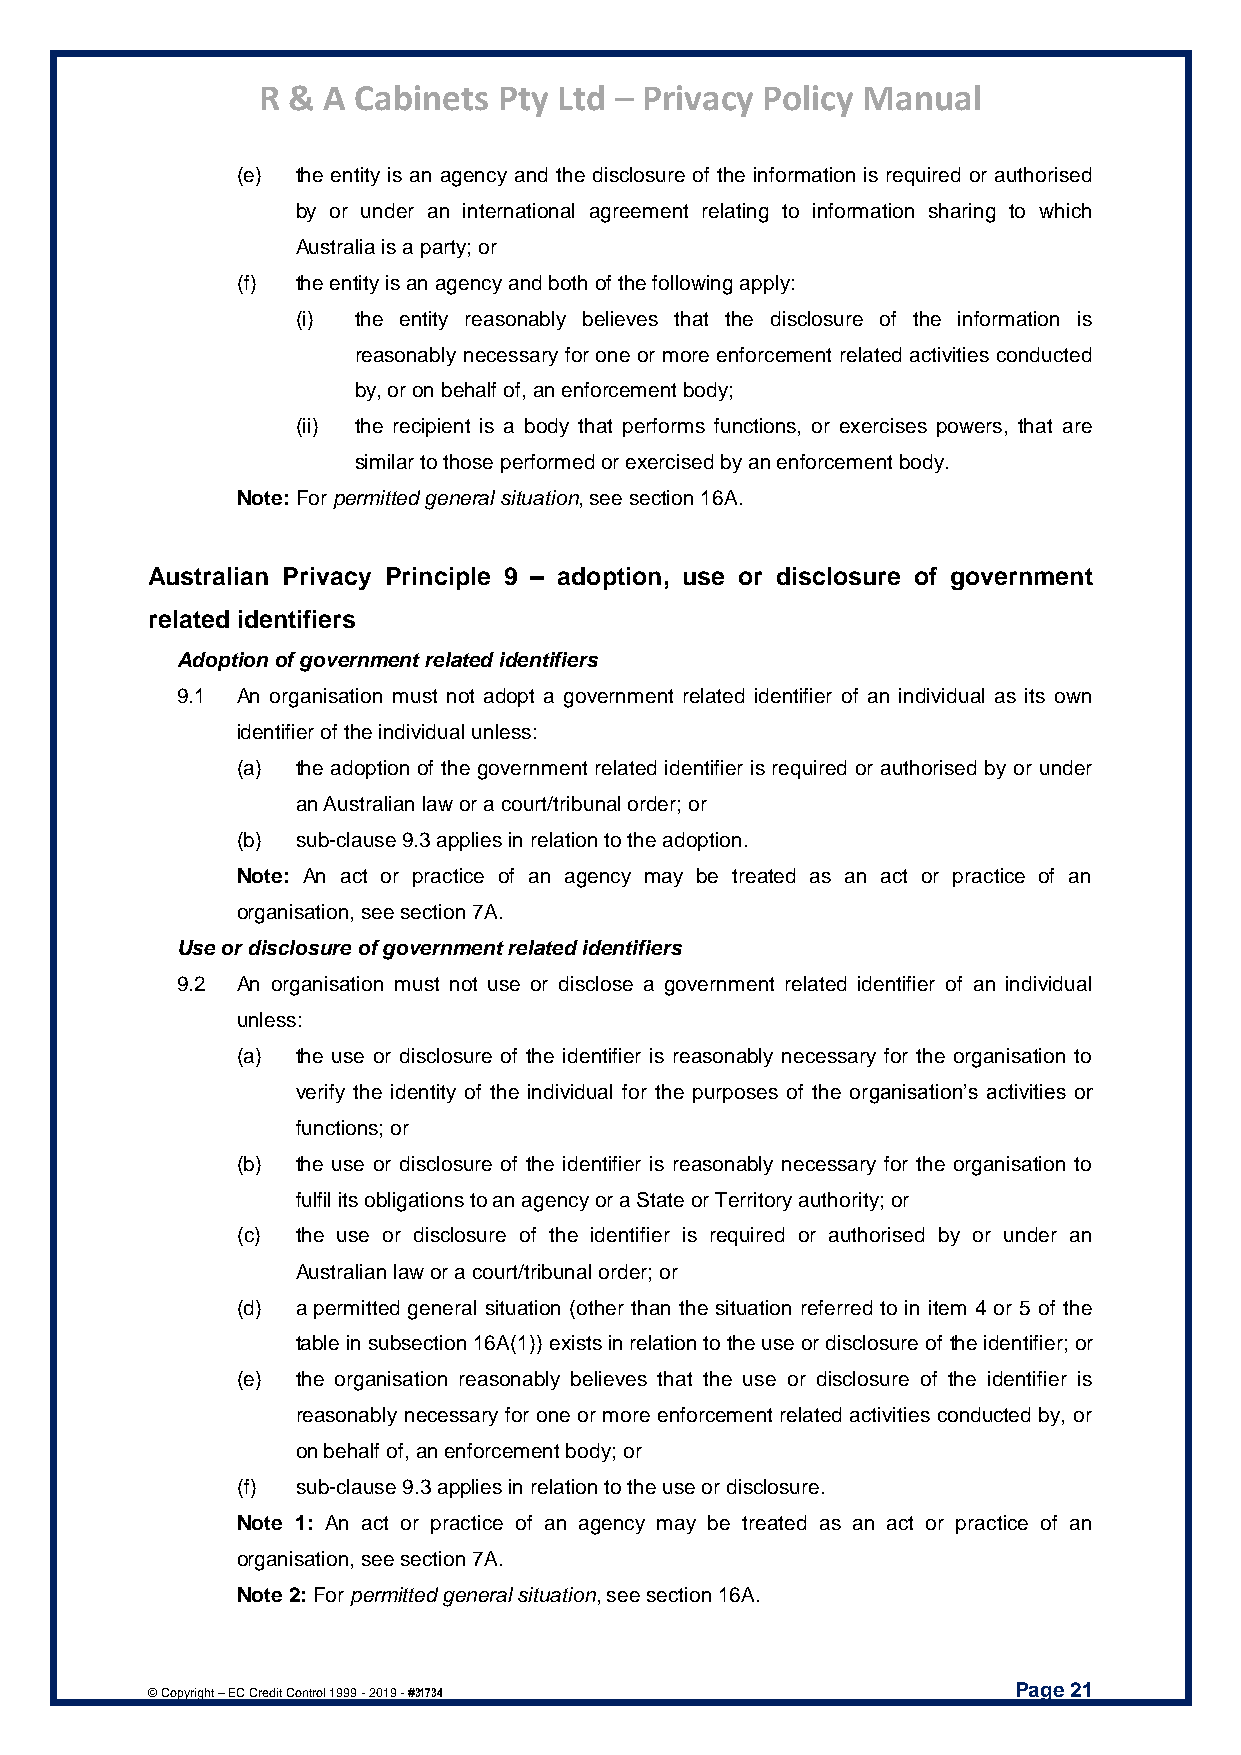
R & A Cabinets  Pty Ltd – Privacy Policy Manual
 (e) the entity is an agency and the disclosure of the information is required or authorised
 by or under an international agreement relating to information sharing to which
 Australia is a party; or
 (f) the entity is an agency and both of the following apply:
 (i) the entity reasonably believes that the disclosure of the information is
 reasonably necessary for one or more enforcement related activities conducted
 by, or on behalf of, an enforcement body;
 (ii) the recipient is a body that performs functions, or exercises powers, that are
 similar to those performed or exercised by an enforcement body.
 Note: For permitted general situation, see section 16A.
 Australian Privacy Principle 9 – adoption, use or disclosure of government
 related identifiers
 Adoption of government related identifiers
 9.1 An organisation must not adopt a government related identifier of an individual as its own
 identifier of the individual unless:
 (a) the adoption of the government related identifier is required or authorised by or under
 an Australian law or a court/tribunal order; or
 (b) sub-clause 9.3 applies in relation to the adoption.
 Note: An act or practice of an agency may be treated as an act or practice of an
 organisation, see section 7A.
 Use or disclosure of government related identifiers
 9.2 An organisation must not use or disclose a government related identifier of an individual
 unless:
 (a) the use or disclosure of the identifier is reasonably necessary for the organisation to
 verify the identity of the individual for the purposes of the organisation’s activities or
 functions; or
 (b) the use or disclosure of the identifier is reasonably necessary for the organisation to
 fulfil its obligations to an agency or a State or Territory authority; or
 (c) the use or disclosure of the identifier is required or authorised by or under an
 Australian law or a court/tribunal order; or
 (d) a permitted general situation (other than the situation referred to in item 4 or 5 of the
 table in subsection 16A(1)) exists in relation to the use or disclosure of the identifier; or
 (e) the organisation reasonably believes that the use or disclosure of the identifier is
 reasonably necessary for one or more enforcement related activities conducted by, or
 on behalf of, an enforcement body; or
 (f) sub-clause 9.3 applies in relation to the use or disclosure.
 Note 1: An act or practice of an agency may be treated as an act or practice of an
 organisation, see section 7A.
 Note 2: For permitted general situation, see section 16A.
 Page 21
 © Copyright – EC Credit Control 1999 - 2019 - #31734